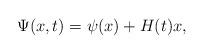
LaTeX: \begin{align*}\Psi(x, t) = \psi(x) + H(t) x,\end{align*}